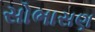
સોભાસણ